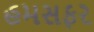
હમસફર